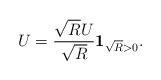
LaTeX: \begin{align*}U = \dfrac{\sqrt{R}U}{\sqrt{R}} \mathbf{1}_{\sqrt{R}>0}.\end{align*}